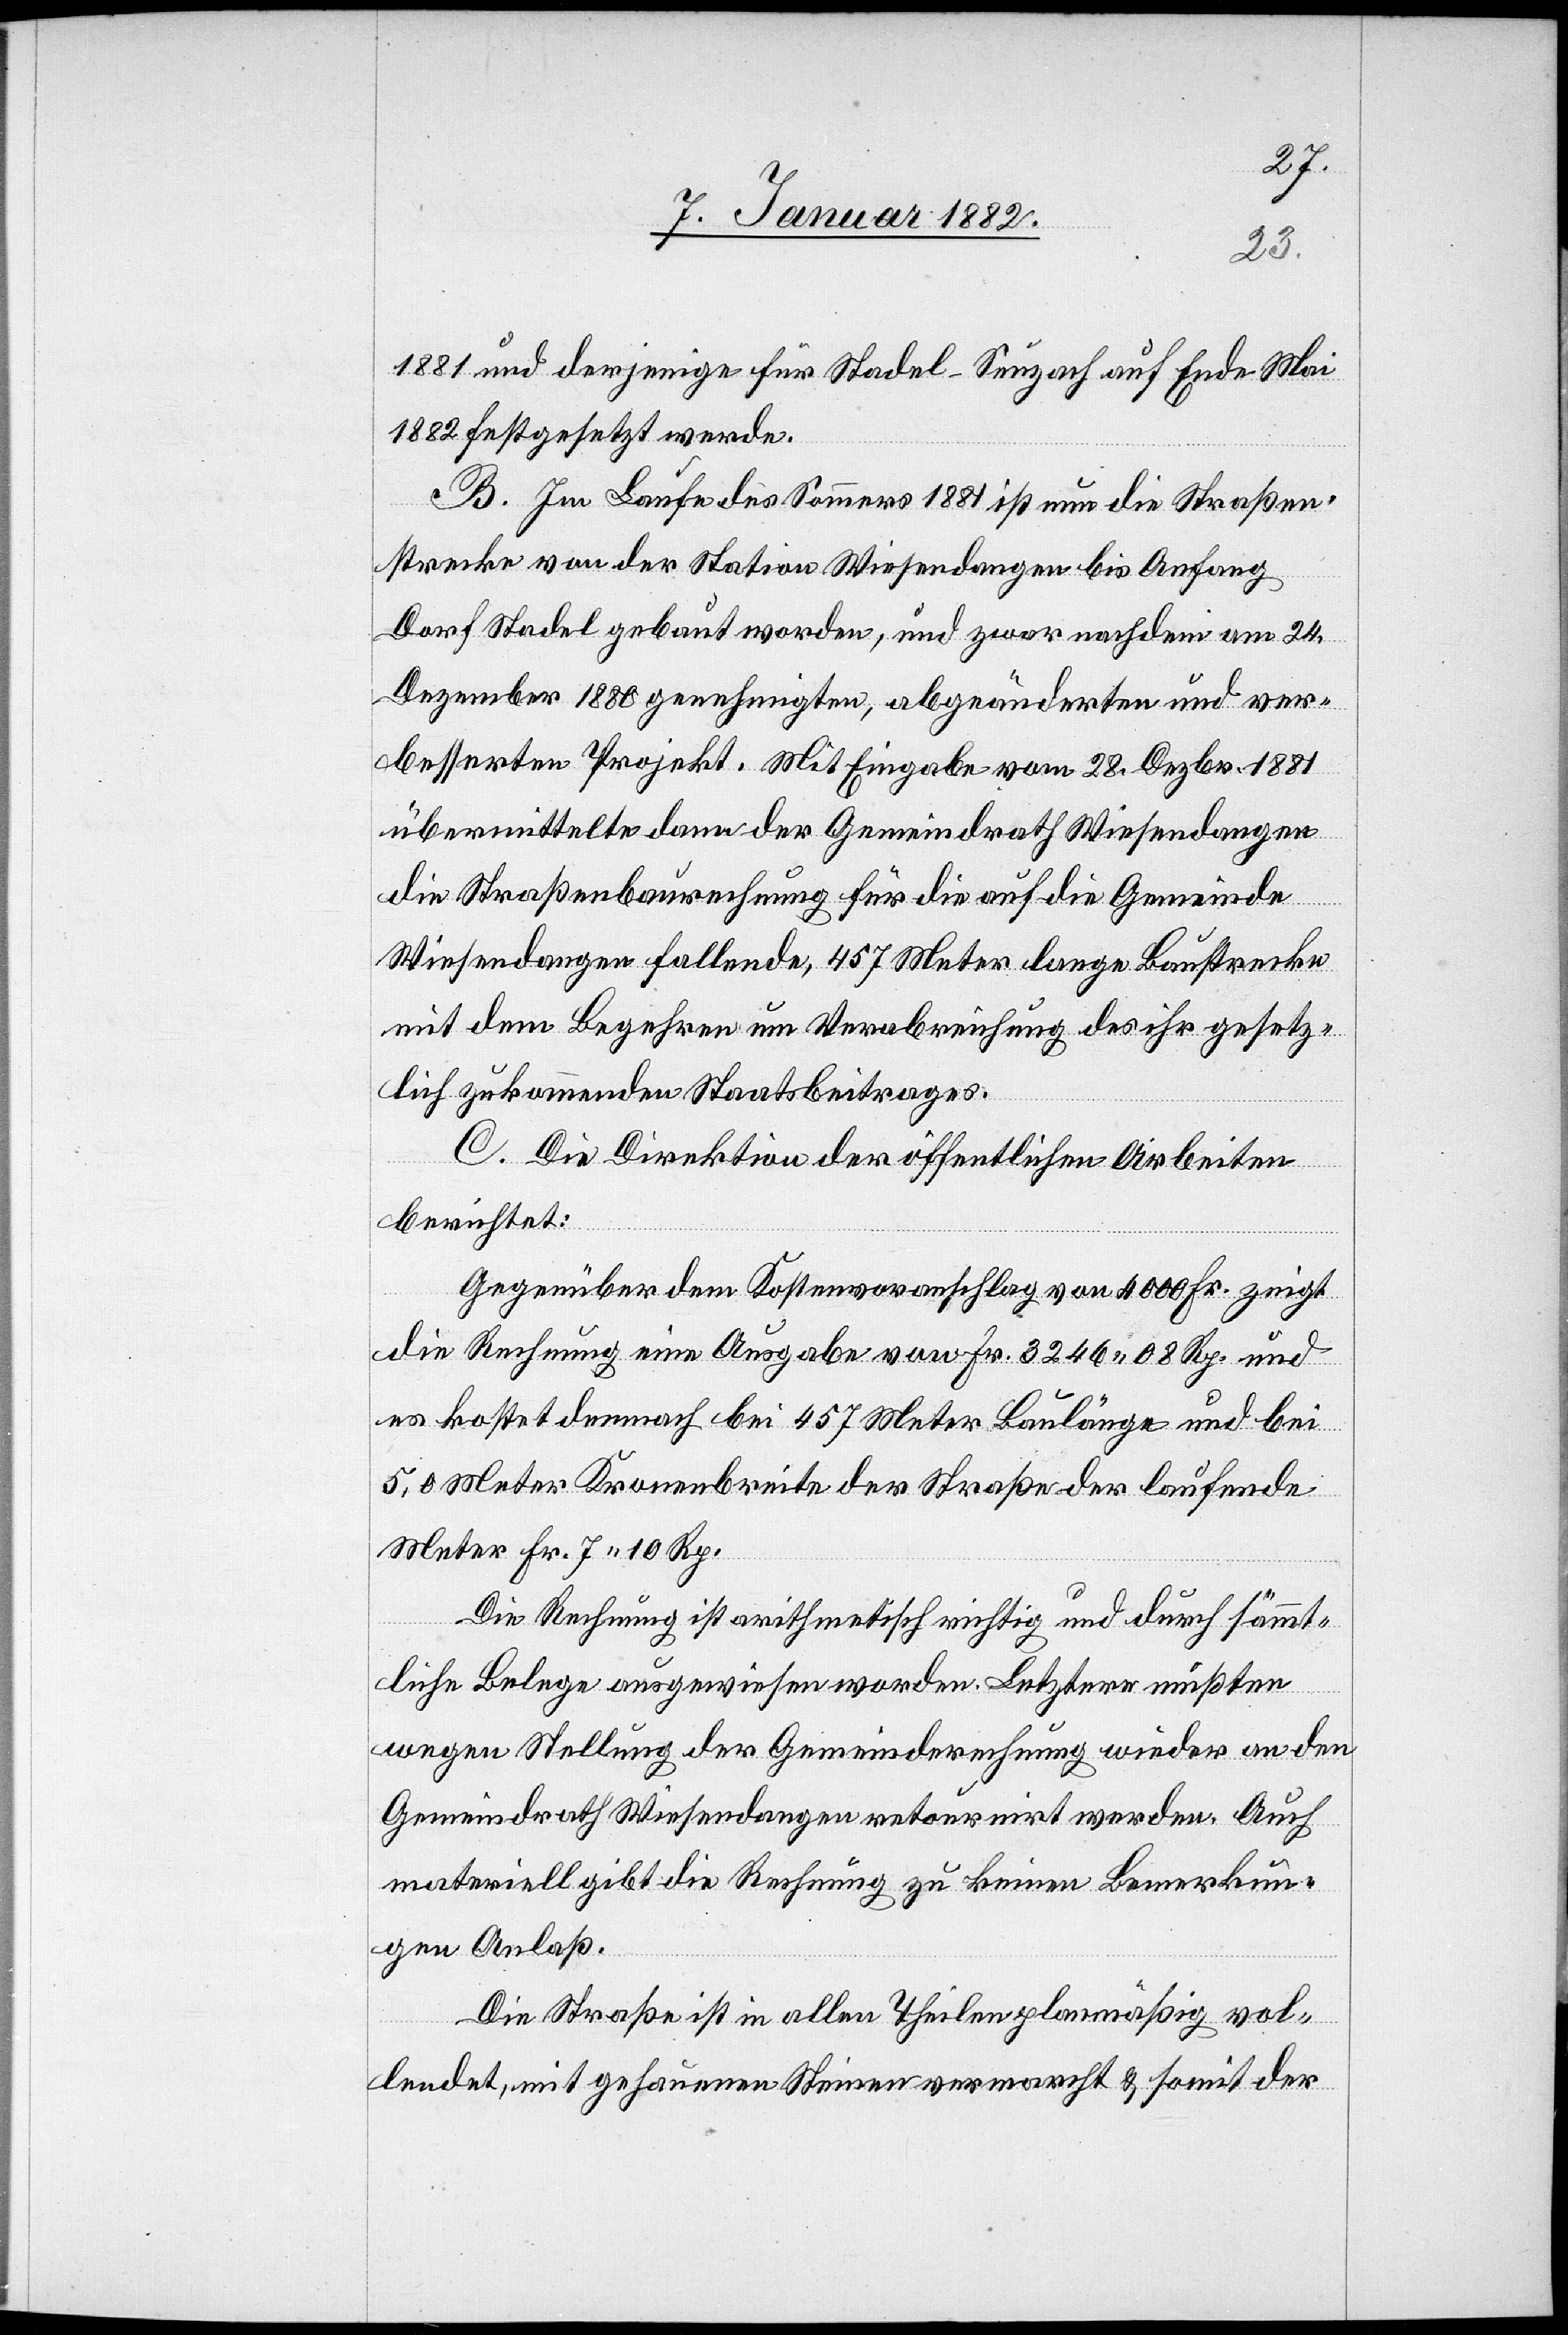
1881 und derjenige für Stadel–Seuzach auf Ende Mai
1882 festgesetzt werde.
B. Im Laufe des Sommers 1881 ist nun die Straßen¬
strecke von der Station Wiesendangen bis Anfang
Dorf Stadel gebaut worden, und zwar nachdem am 24.
Dezember 1880 genehmigten, abgeänderten und ver¬
besserten Projekt. Mit Eingabe vom 28. Dezbr. 1881
übermittelte dann der Gemeindrath Wiesendangen
die Straßenbaurechnung für die auf die Gemeinde
Wiesendangen fallende, 457 Meter lange Baustrecke
mit dem Begehren um Verabreichung des ihr gesetz¬
lich zukommenden Staatsbeitrages.
C. Die Direktion der öffentlichen Arbeiten
berichtet:
Gegenüber dem Kostenvoranschlag von 4000 Fr. zeigt
die Rechnung eine Ausgabe von Fr. 3246 08 Rp. und
es kostet demnach 457 Meter Baulänge und bei
5,0 Meter Kronenbreite der Straße der laufende
Meter Fr. 7 10 Rp.
Die Rechnung ist arithmetisch richtig und durch sämmt¬
liche Belege ausgewiesen worden. Letztere müßten
wegen Stellung der Gemeinderechnung wieder an den
Gemeindrath Wiesendangen retourniert werden. Auch
materiell gibt die Rechnung zu keinen Bemerkun¬
gen Anlaß.
Die Straße ist in allen Theilen planmäßig vol¬
lendet, mit gehauenen Steinen vermarcht & somit der